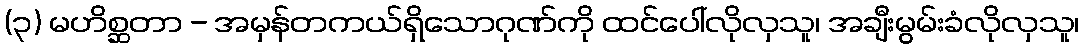
(၃) မဟိစ္ဆတာ - အမှန်တကယ်ရှိသောဂုဏ်ကို ထင်ပေါ်လိုလှသူ၊ အချီးမွမ်းခံလိုလှသူ၊